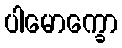
ပါမောက္ခော